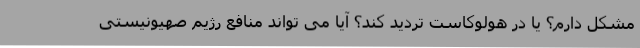
مشکل دارم؟ یا در هولوکاست تردید کند؟ آیا می تواند منافع رژیم صهیونیستی